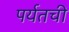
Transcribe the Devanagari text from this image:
पर्यतची